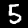
Digit: 5